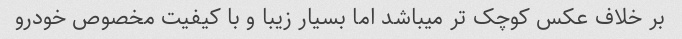
بر خلاف عکس کوچک تر میباشد اما بسیار زیبا و با کیفیت مخصوص خودرو